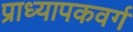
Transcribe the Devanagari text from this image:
प्राध्यापकवर्ग